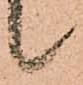
候